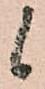
候